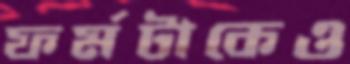
ফর্মটাকেও